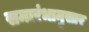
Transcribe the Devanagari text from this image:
समारंभानुसार